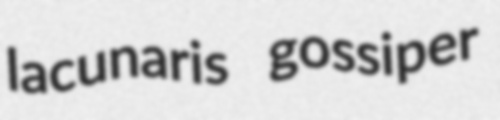
lacunaris gossiper